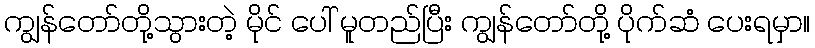
ကျွန်တော်တို့သွားတဲ့ မိုင် ပေါ် မူတည်ပြီး ကျွန်တော်တို့ ပိုက်ဆံ ပေးရမှာ။